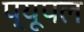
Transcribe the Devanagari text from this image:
प्यूपल